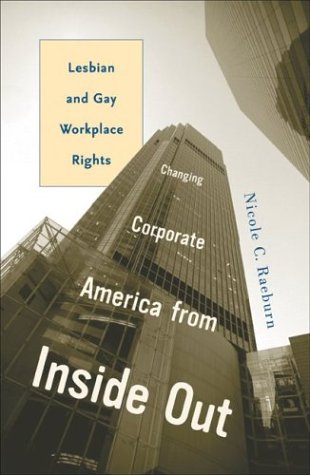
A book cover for Changing Corporate America from Inside Out: Lesbian and Gay Workplace Rights; Nicole C. Raeburn; Gay & Lesbian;